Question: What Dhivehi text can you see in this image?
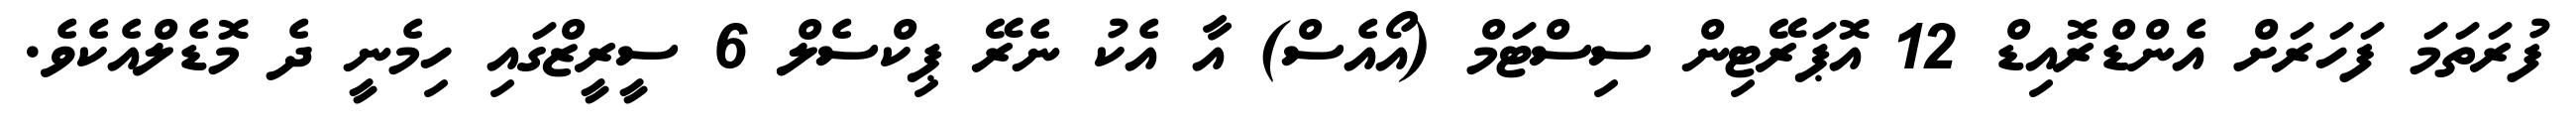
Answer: ފުރަތަމަ ފަހަރަށް އެންޑްރޮއިޑް 12 އޮޕަރޭޓިން ސިސްޓަމް (އޯއެސް) އާ އެކު ނެރޭ ޕިކްސެލް 6 ސީރީޒްގައި ހިމެނީ ދެ މޮޑެލްއެކެވެ.